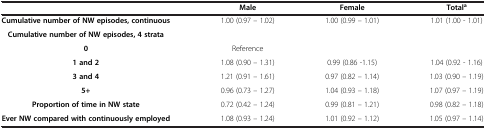
<table><thead><tr><td><b> </b></td><td><b>Male</b></td><td><b>Female</b></td><td><b>Total<sup>a</sup></b></td></tr></thead><tbody><tr><td><b>Cumulative number of NW episodes, continuous</b></td><td>1.00 (0.97 – 1.02)</td><td>1.00 (0.99 – 1.01)</td><td>1.01 (1.00 - 1.01)</td></tr><tr><td><b>Cumulative number of NW episodes, 4 strata</b></td><td> </td><td> </td><td> </td></tr><tr><td><b>0</b></td><td>Reference</td><td> </td><td> </td></tr><tr><td><b>1 and 2</b></td><td>1.08 (0.90 – 1.31)</td><td>0.99 (0.86 -1.15)</td><td>1.04 (0.92 - 1.16)</td></tr><tr><td><b>3 and 4</b></td><td>1.21 (0.91 – 1.61)</td><td>0.97 (0.82 – 1.14)</td><td>1.03 (0.90 – 1.19)</td></tr><tr><td><b>5+</b></td><td>0.96 (0.73 – 1.27)</td><td>1.04 (0.93 – 1.18)</td><td>1.07 (0.97 – 1.19)</td></tr><tr><td><b>Proportion of time in NW state</b></td><td>0.72 (0.42 – 1.24)</td><td>0.99 (0.81 – 1.21)</td><td>0.98 (0.82 – 1.18)</td></tr><tr><td><b>Ever NW compared with continuously employed</b></td><td>1.08 (0.93 – 1.24)</td><td>1.01 (0.92 – 1.12)</td><td>1.05 (0.97 – 1.14)</td></tr></tbody></table>